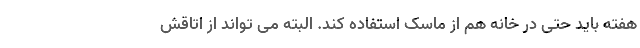
هفته باید حتی در خانه هم از ماسک استفاده کند. البته می تواند از اتاقش